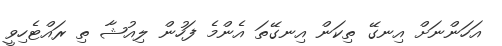
އަހަންނަށް އިނގޭ ތިކަން އިނގޭތަ އެންމެ ފަހުން ލިއުޝާ ތި ރައްޓެހިވީ